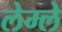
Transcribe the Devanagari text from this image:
लेम्ले